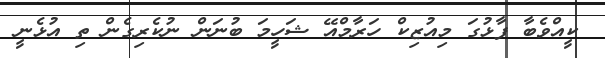
ކީއްވެބާ ފާޅުގަ މިއުޒިކް ހަރާމްއޭ ޝަހީމަ ބުނަންް ނުކެރިގެން ތި އުޅެނީ